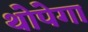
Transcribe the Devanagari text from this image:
थोपेगा